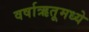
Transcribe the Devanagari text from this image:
वर्षाऋतूमध्ये